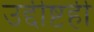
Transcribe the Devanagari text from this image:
उद्दीष्टही